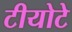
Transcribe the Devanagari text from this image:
टीयोटे